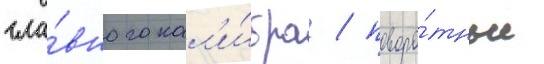
гла́вного кал'и́бра / поворо́тные